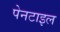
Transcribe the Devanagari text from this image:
पेनटाइल